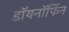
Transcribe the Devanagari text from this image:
डॉयनॉर्फिन